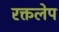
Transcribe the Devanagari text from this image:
रक्तलेप